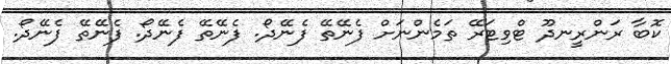
ކޮބާ ރަންރީނދޫ ޓްވިޓަރޭ ތަމެންނަށް ފެނޭތޭ ފެނޭދޯ. ފެނޭތޭ ފެނޭދޯ. ފެނޭތޭ ފެނޭދޯ.